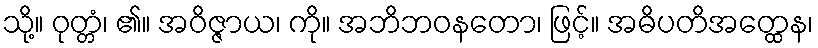
သို့။ ဝုတ္တံ၊ ၏။ အဝိဇ္ဇာယ၊ ကို။ အဘိဘဝနတော၊ ဖြင့်။ အဓိပတိအတ္ထေန၊